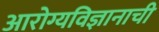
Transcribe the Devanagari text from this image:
आरोग्यविज्ञानाची